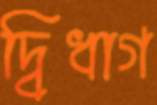
দ্বিধাগ